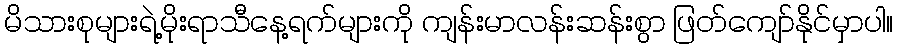
မိသားစုများရဲ့မိုးရာသီနေ့ရက်များကို ကျန်းမာလန်းဆန်းစွာ ဖြတ်ကျော်နိုင်မှာပါ။